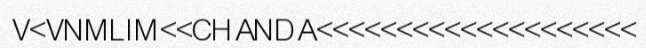
V<VNMLIM<<CHANDA<<<<<<<<<<<<<<<<<<<<